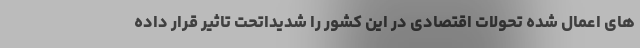
های اعمال شده تحولات اقتصادی در این کشور را شدیداتحت تاثیر قرار داده